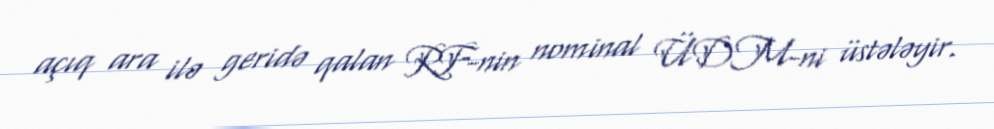
açıq ara ilə geridə qalan RF-nin nominal ÜDM-ni üstələyir.